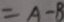
= A - B